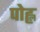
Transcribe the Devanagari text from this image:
पोह्ल